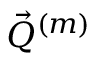
\vec { Q } ^ { ( m ) }